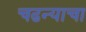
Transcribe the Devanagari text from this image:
चढन्याचा